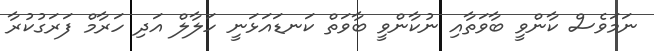
ނަމަވެސް ކާންވީ ބާވަތާއި ނުކާންވީ ބާވަތް ކަނޑައަޅަނީ ހަލާލް އަދި ހަރާމް ފަރަގުކުރާ